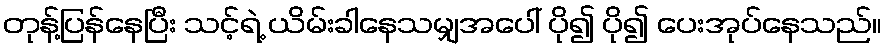
တုန့်ပြန်နေပြီး သင့်ရဲ့ ယိမ်းခါနေသမျှအပေါ် ပို၍ ပို၍ ပေးအုပ်နေသည်။